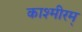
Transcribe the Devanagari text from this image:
काश्मीरम्